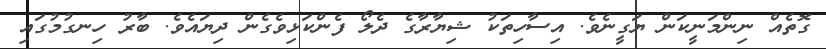
ގޮތެއް ނިންމަނީކަން ޔަގީނެވެ. އިސާހިތަކު ޝިޔާރާގެ ދެލޯ ފެންކަޅިވެގެން ދިޔައެވެ. ބާރު ހިނގުމުގައި